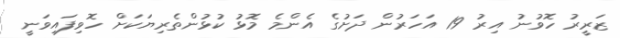
ޒަރީރު ހޮވުނު އިރު 19 އަހަރުން ދަށުގެ އެންމެ މޮޅު ކުޅުންތެރިޔަކަށް ހޮވިފައިވަނީ